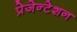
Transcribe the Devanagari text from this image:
प्रेजेन्टेशन